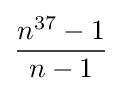
{\frac {n^{37}-1}{n-1}}